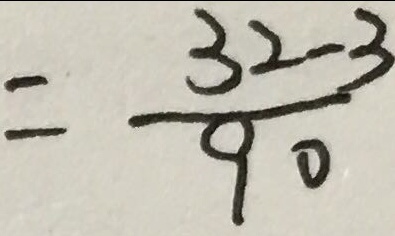
= \frac { 3 2 - 3 } { 9 0 }